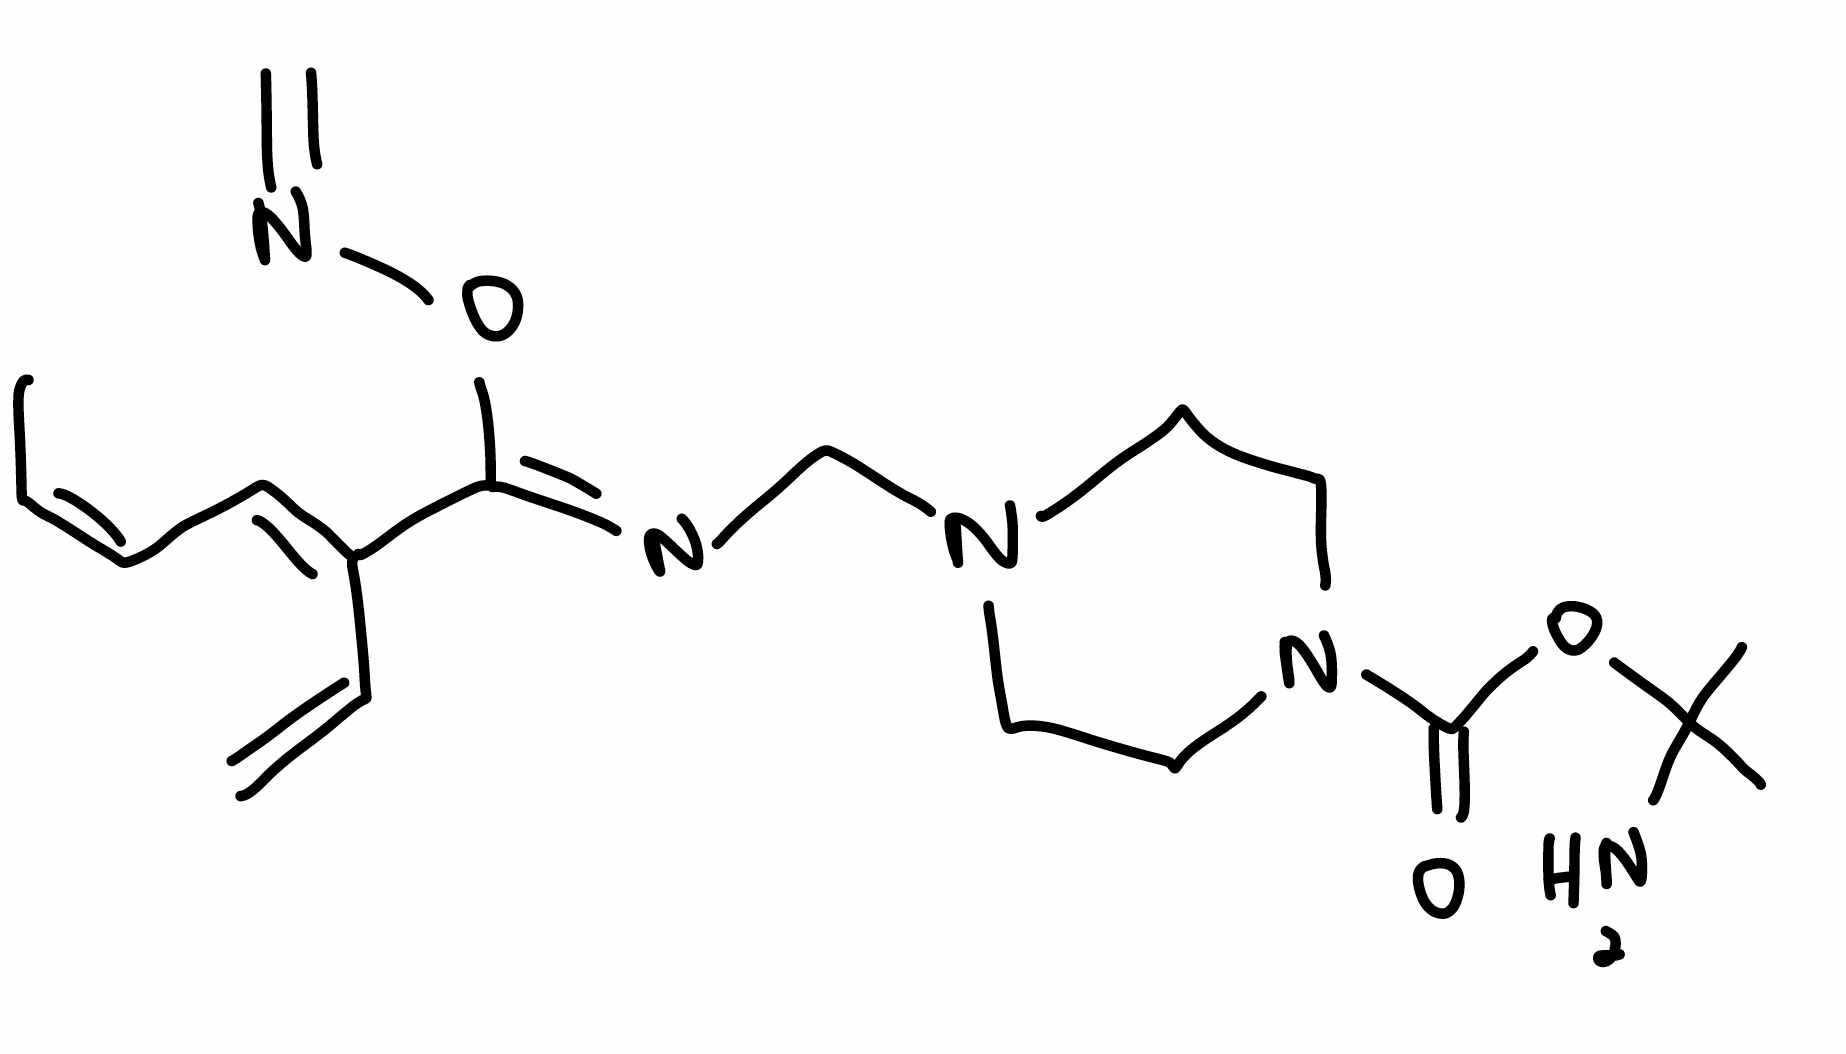
Simplified molecular-input line-entry system (SMILES) notation of the given molecule:
C/C=C\C=C(/C=C)\C(=N\CN1CCN(CC1)C(=O)OC(C)(C)N)\ON=C